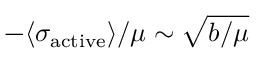
- \langle \sigma _ { \mathrm { a c t i v e } } \rangle / \mu \sim \sqrt { b / \mu }